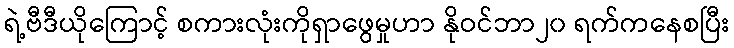
ရဲ့ဗီဒီယိုကြောင့် စကားလုံးကိုရှာဖွေမှုဟာ နိုဝင်ဘာ၂၀ ရက်ကနေစပြီး